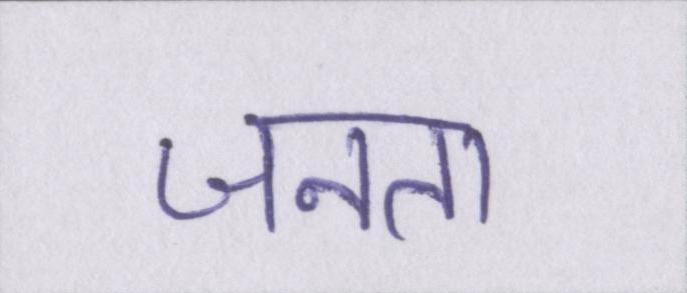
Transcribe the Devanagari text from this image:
जनता